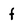
Character: f